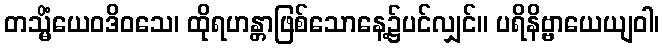
တသ္မိံယေဝဒိဝသေ၊ ထိုရဟန္တာဖြစ်သောနေ့၌ပင်လျှင်။ ပရိနိဗ္ဗာယေယျဝါ၊